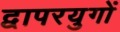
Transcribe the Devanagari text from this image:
द्वापरयुगों